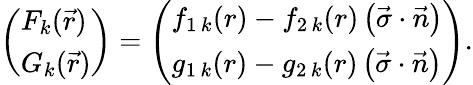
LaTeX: \left({\begin{array}{l}{{F_{k}(\vec{r})}}\\ {{G_{k}(\vec{r})}}\end{array}}\right)=\left(\begin{array}{l}{{f_{1\, k}(r)-f_{2\, k}(r)\left(\vec{\sigma}\cdot\vec{n}\right)}}\\ {{g_{1\, k}(r)-g_{2\, k}(r)\left(\vec{\sigma}\cdot\vec{n}\right)}}\end{array}\right).